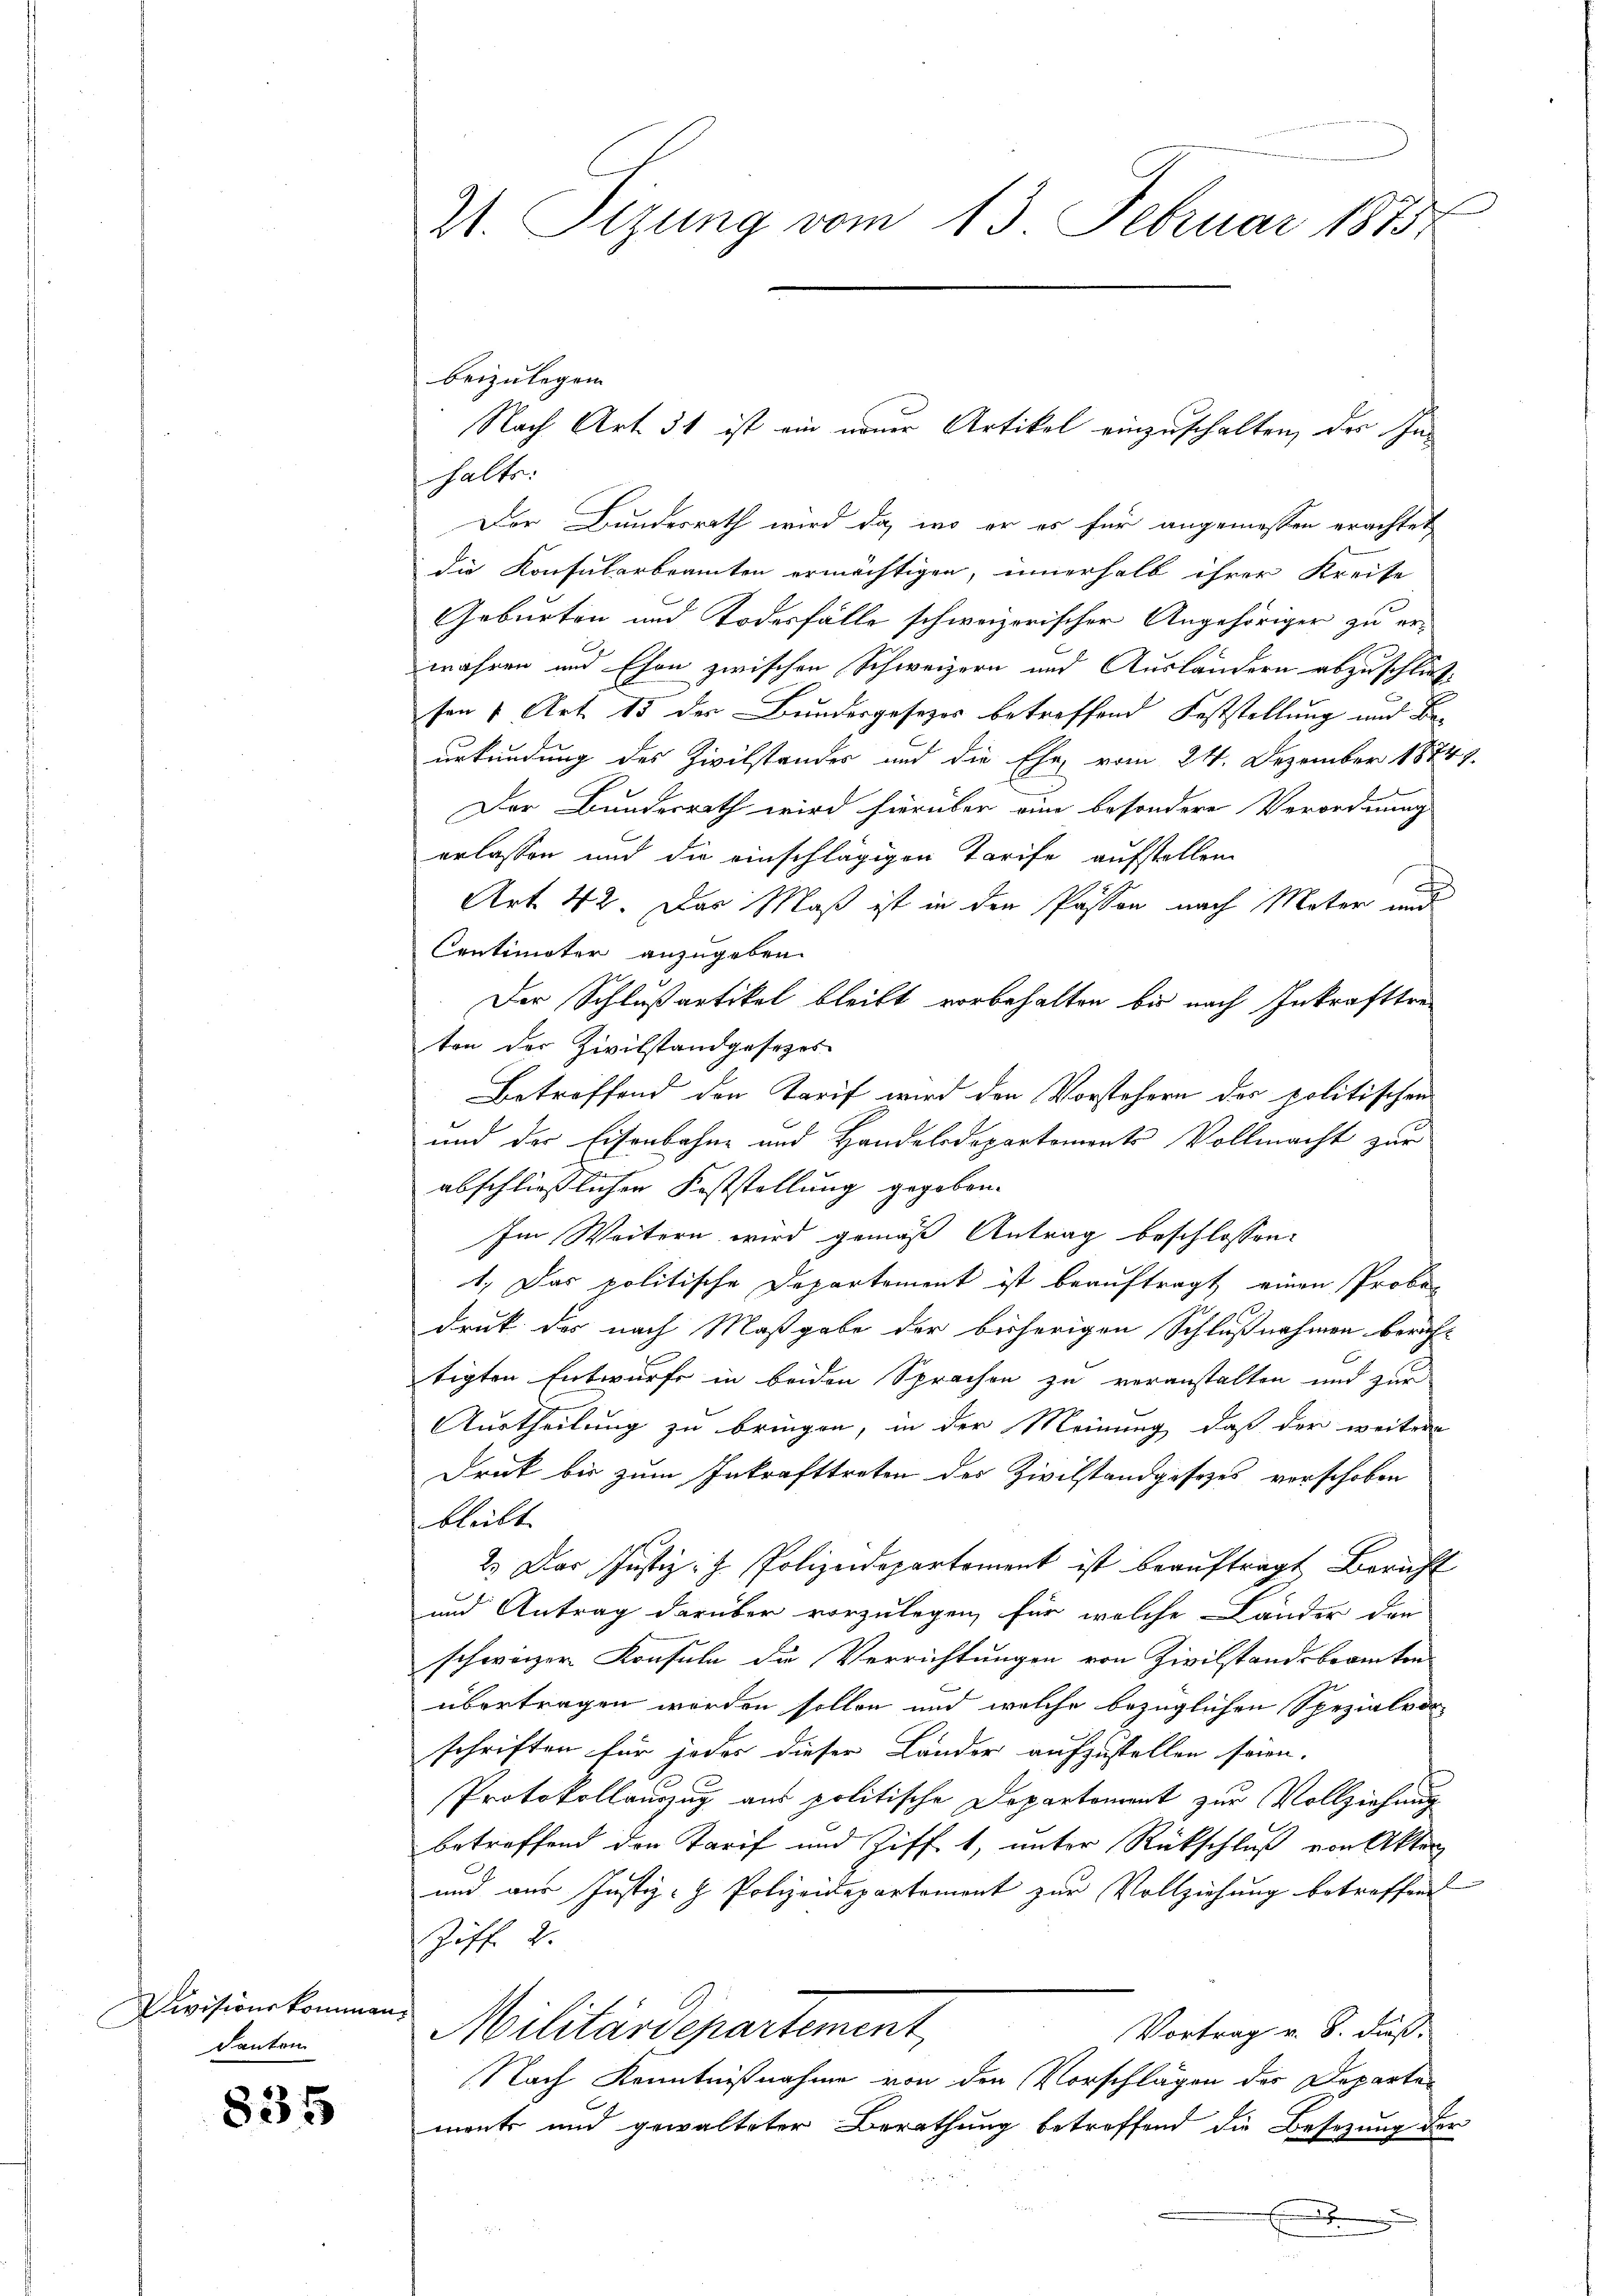
Divisionskommen.
Kanton

835

beizulegen.
Nach Art. 31 ist ein neuer Artikel einzuschalten, des Inhalts:
Der Bundesrath wird da, wo er es für angemessen erachtet
die Konsularbeamten ermächtigen, innerhalb ihrer Kreise
Geburten und Todesfälle schweizerischer Angehöriger zu er-
wahren und Ehon zwischen Schweizern und Ausländern abzuschließvon 1 Art. 13 der Bundesgesezes betreffend Feststellung und Beurkundung des Zivilstandes und die Ehe vom 24. Dezember 1874.
Der Bundesrath wird hierüber eine besondere Verordnung
erlassen und die einschlägigen Tarife aufstellen
Art. 42. Das Maß ist in den Passon nach Mater und
Centimater anzugeben.
Der Schlußartikel bleibt vorbehalten bis nach Inkrafttreton der Zivilstand gesezes
Betreffend den Tarif wird den Vorstehern des politischen
und der Eisenbahne und Handelsdepartements Vollmacht zur
abschließlichen Feststellung gegeben.
Im Weitern wird gemäß Antrag beschlossen:
1.) Das politische Departement ist beauftragt einen Probe-
Druk des nach Maßgabe der bisherigen Schlußnahmen bericht
tigten Entwurfe in beiden Sprachen zu veranstalten und zur
Austheilung zu bringen, in der Meinung, daß der weitere
Druk bis zum Inkrafttreten des Zivilstandgesezes vorschoben
bleibt
2. Der Justiz: H. Polizeidepartement ist beaŭftragt Bericht
und Antrag darüber vorzulegen, für welche Länder der
schweizer Konsuln die Verrichtungen von Zivilstandsbeamten
übertragen worden sollen und welche bezüglichen Spezialvorschriften für jedes dieser Länder aufzustellen seien.
Protokollauszug aus politische Departement zur Vollziehung
betreffend den Tarif und Zifft, unter Rückschluß von Akten
und aus Justiz- & Polizeidepartement zur Vollziehung betreffen
Ziff. 2.
Militärdepartement,
Vortrag v. 8. Fuß.
Nach Kenntnißnahme von den Vorschlägen des Departen
ments und gewalteter Berathung betreffend die Besezung der
.

t
21. Sizung vom 13. Februar 1873